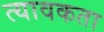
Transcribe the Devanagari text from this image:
त्यावकता